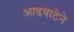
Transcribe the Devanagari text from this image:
आडवाटेने